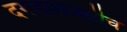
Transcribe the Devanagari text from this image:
दगडाशेजारीच